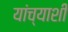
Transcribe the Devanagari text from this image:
यांच्याशीं